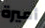
أميرة